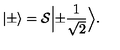
| \pm \rangle = { \cal S } \Bigl | \pm \frac { 1 } { \sqrt { 2 } } \Bigr > .